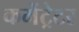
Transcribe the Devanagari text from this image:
कमेंट्रेटर